Lunatic asylums in Bengal annual reports 1888-1898 - 1888-1898
Year: 1888
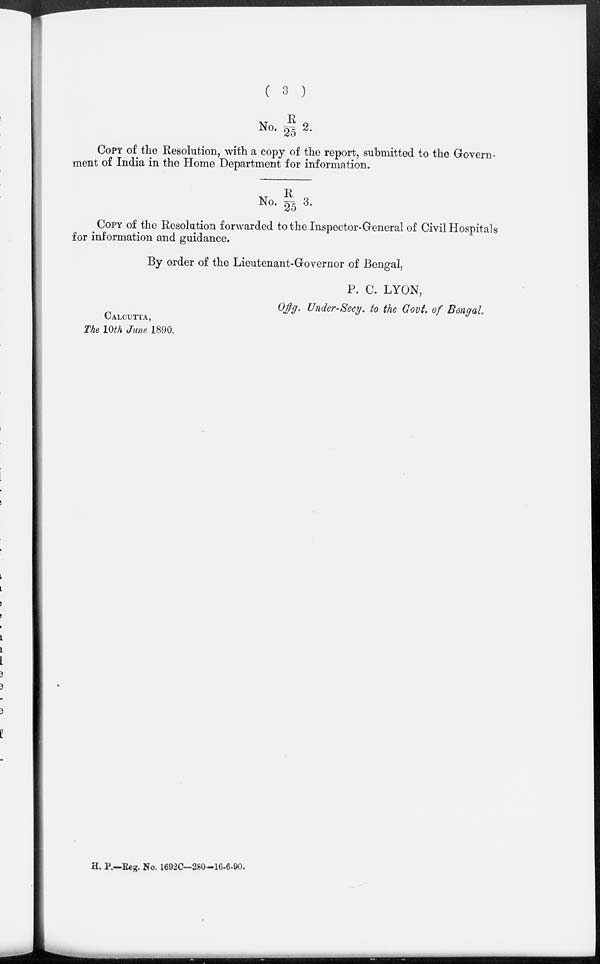
( 3 )
No. R/25 2.
COPY of the Resolution, with a copy of the report, submitted to the Govern-
ment of India in the Home Department for information.
No. R/25 3.
COPY of the Resolution forwarded to the Inspector-General of Civil Hospitals
for information and guidance.
By order of the Lieutenant-Governor of Bengal,
P. C. LYON,
Offg. Under-Secy. to the Govt. of Bengal.
CALCUTTA,
The 10th June 1890.
H. P.—Reg. No. 1692C—280-16-6-90.